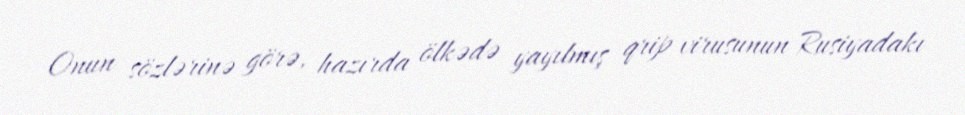
Onun sözlərinə görə, hazırda ölkədə yayılmış qrip virusunun Rusiyadakı